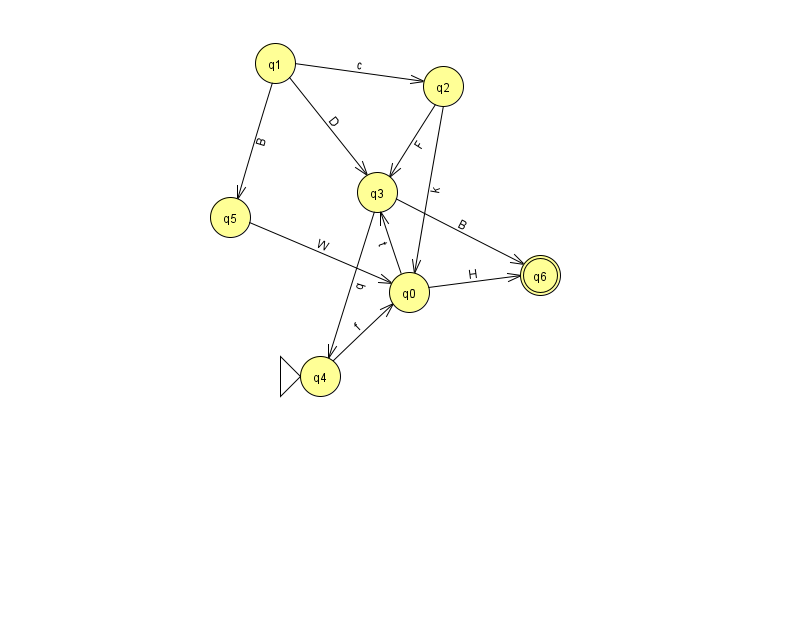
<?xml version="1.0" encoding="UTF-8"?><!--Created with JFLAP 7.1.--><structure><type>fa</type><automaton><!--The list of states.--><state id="0" name="q0"><x>409.0</x><y>279.0</y></state><state id="1" name="q1"><x>275.0</x><y>50.0</y></state><state id="2" name="q2"><x>443.0</x><y>73.0</y></state><state id="3" name="q3"><x>377.0</x><y>179.0</y></state><state id="4" name="q4"><x>320.0</x><y>363.0</y><initial/></state><state id="5" name="q5"><x>230.0</x><y>204.0</y></state><state id="6" name="q6"><x>540.0</x><y>262.0</y><final/></state><!--The list of transitions.--><transition><from>5</from><to>0</to><read>W</read></transition><transition><from>0</from><to>6</to><read>H</read></transition><transition><from>1</from><to>3</to><read>D</read></transition><transition><from>3</from><to>6</to><read>B</read></transition><transition><from>4</from><to>0</to><read>f</read></transition><transition><from>1</from><to>2</to><read>c</read></transition><transition><from>2</from><to>0</to><read>k</read></transition><transition><from>1</from><to>5</to><read>B</read></transition><transition><from>3</from><to>4</to><read>q</read></transition><transition><from>2</from><to>3</to><read>F</read></transition><transition><from>0</from><to>3</to><read>t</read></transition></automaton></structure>